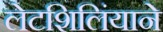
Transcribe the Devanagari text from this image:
लेटशिलिंयाने